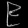
Digit: ၉